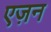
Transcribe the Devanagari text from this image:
एज़न